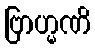
ဗြာဟ္မဏိ